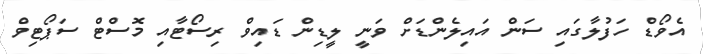
އެވޯޑް ހަފުލާގައި ސަން އައިލެންޑަށް ވަނީ ލީޑިން ޑައިވް ރިސޯޓާއި މޮސްޓް ސަޕޯޓިވް